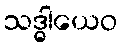
သဒ္ဓါယေဝ